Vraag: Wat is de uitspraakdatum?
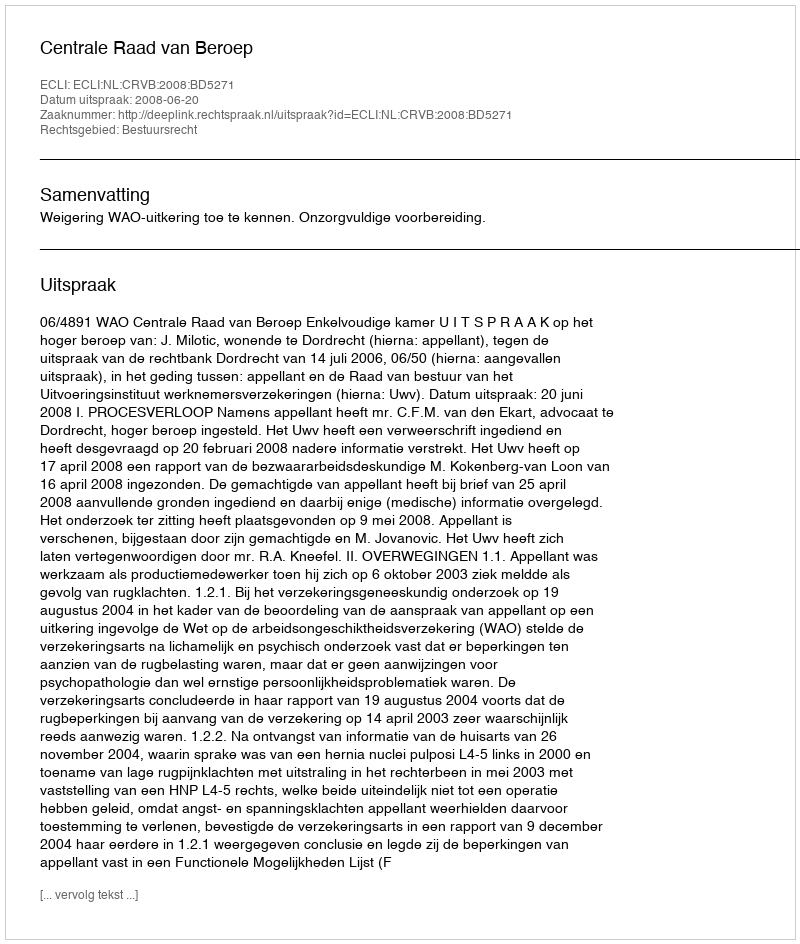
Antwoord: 2008-06-20